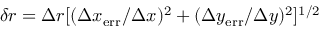
\delta { r } = \Delta { r } [ ( \Delta { x } _ { \mathrm { e r r } } / \Delta { x } ) ^ { 2 } + ( \Delta { y } _ { \mathrm { e r r } } / \Delta { y } ) ^ { 2 } ] ^ { 1 / 2 }